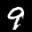
Label: 9